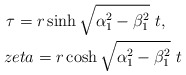
\begin{align*}\tau=r\sinh\sqrt{\alpha_1^2-\beta_1^2}~t,\ \ \ \\zeta=r\cosh\sqrt{\alpha_1^2-\beta_1^2}~t\end{align*}